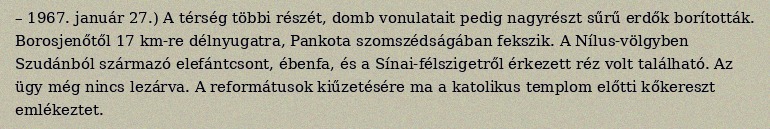
– 1967. január 27.) A térség többi részét, domb vonulatait pedig nagyrészt sűrű erdők borították. Borosjenőtől 17 km-re délnyugatra, Pankota szomszédságában fekszik. A Nílus-völgyben Szudánból származó elefántcsont, ébenfa, és a Sínai-félszigetről érkezett réz volt található. Az ügy még nincs lezárva. A reformátusok kiűzetésére ma a katolikus templom előtti kőkereszt emlékeztet.